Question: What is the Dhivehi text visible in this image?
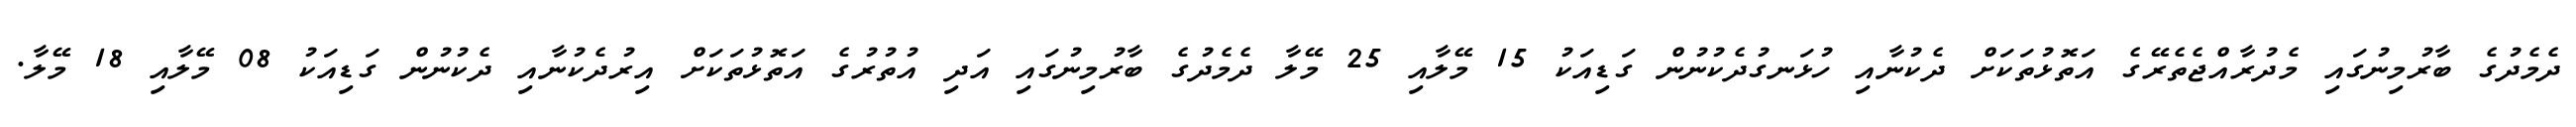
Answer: ދެމެދުގެ ބާރުމިނުގައި މެދުރާއްޖެތެރޭގެ އަތޮޅުތަކަށް ދެކުނާއި ހުޅަނގުދެކުނުން ގަޑިއަކު 15 މޭލާއި 25 މޭލާ ދެމެދުގެ ބާރުމިނުގައި އަދި އުތުރުގެ އަތޮޅުތަކަށް އިރުދެކުނާއި ދެކުނުން ގަޑިއަކު 08 މޭލާއި 18 މޭލާ.